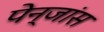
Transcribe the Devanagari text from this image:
पेन्जांस